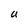
Character: u